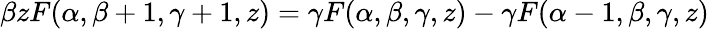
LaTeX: \beta zF(\alpha,\beta+1,\gamma+1,z)=\gamma F(\alpha,\beta,\gamma,z)-\gamma F(\alpha-1,\beta,\gamma,z)